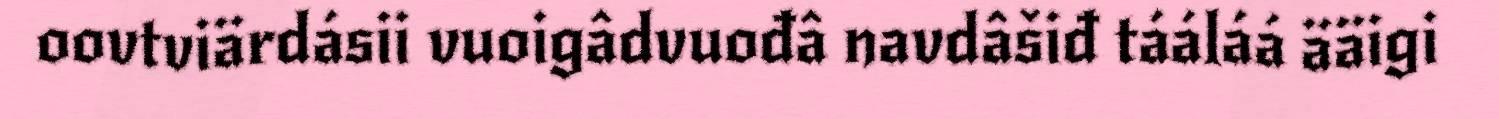
oovtviärdásii vuoigâdvuođâ navdâšiđ tááláá ääigi